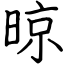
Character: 晾